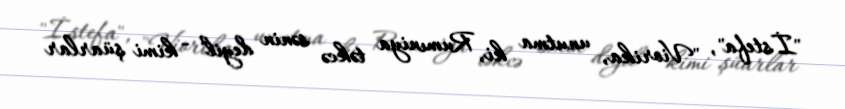
"İstefa", "Viorika, unutma ki, Rumıniya təkcə sənin deyil" - kimi şüarlar